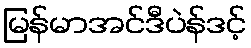
မြန်မာအင်ဒီပဲန်ဒင့်